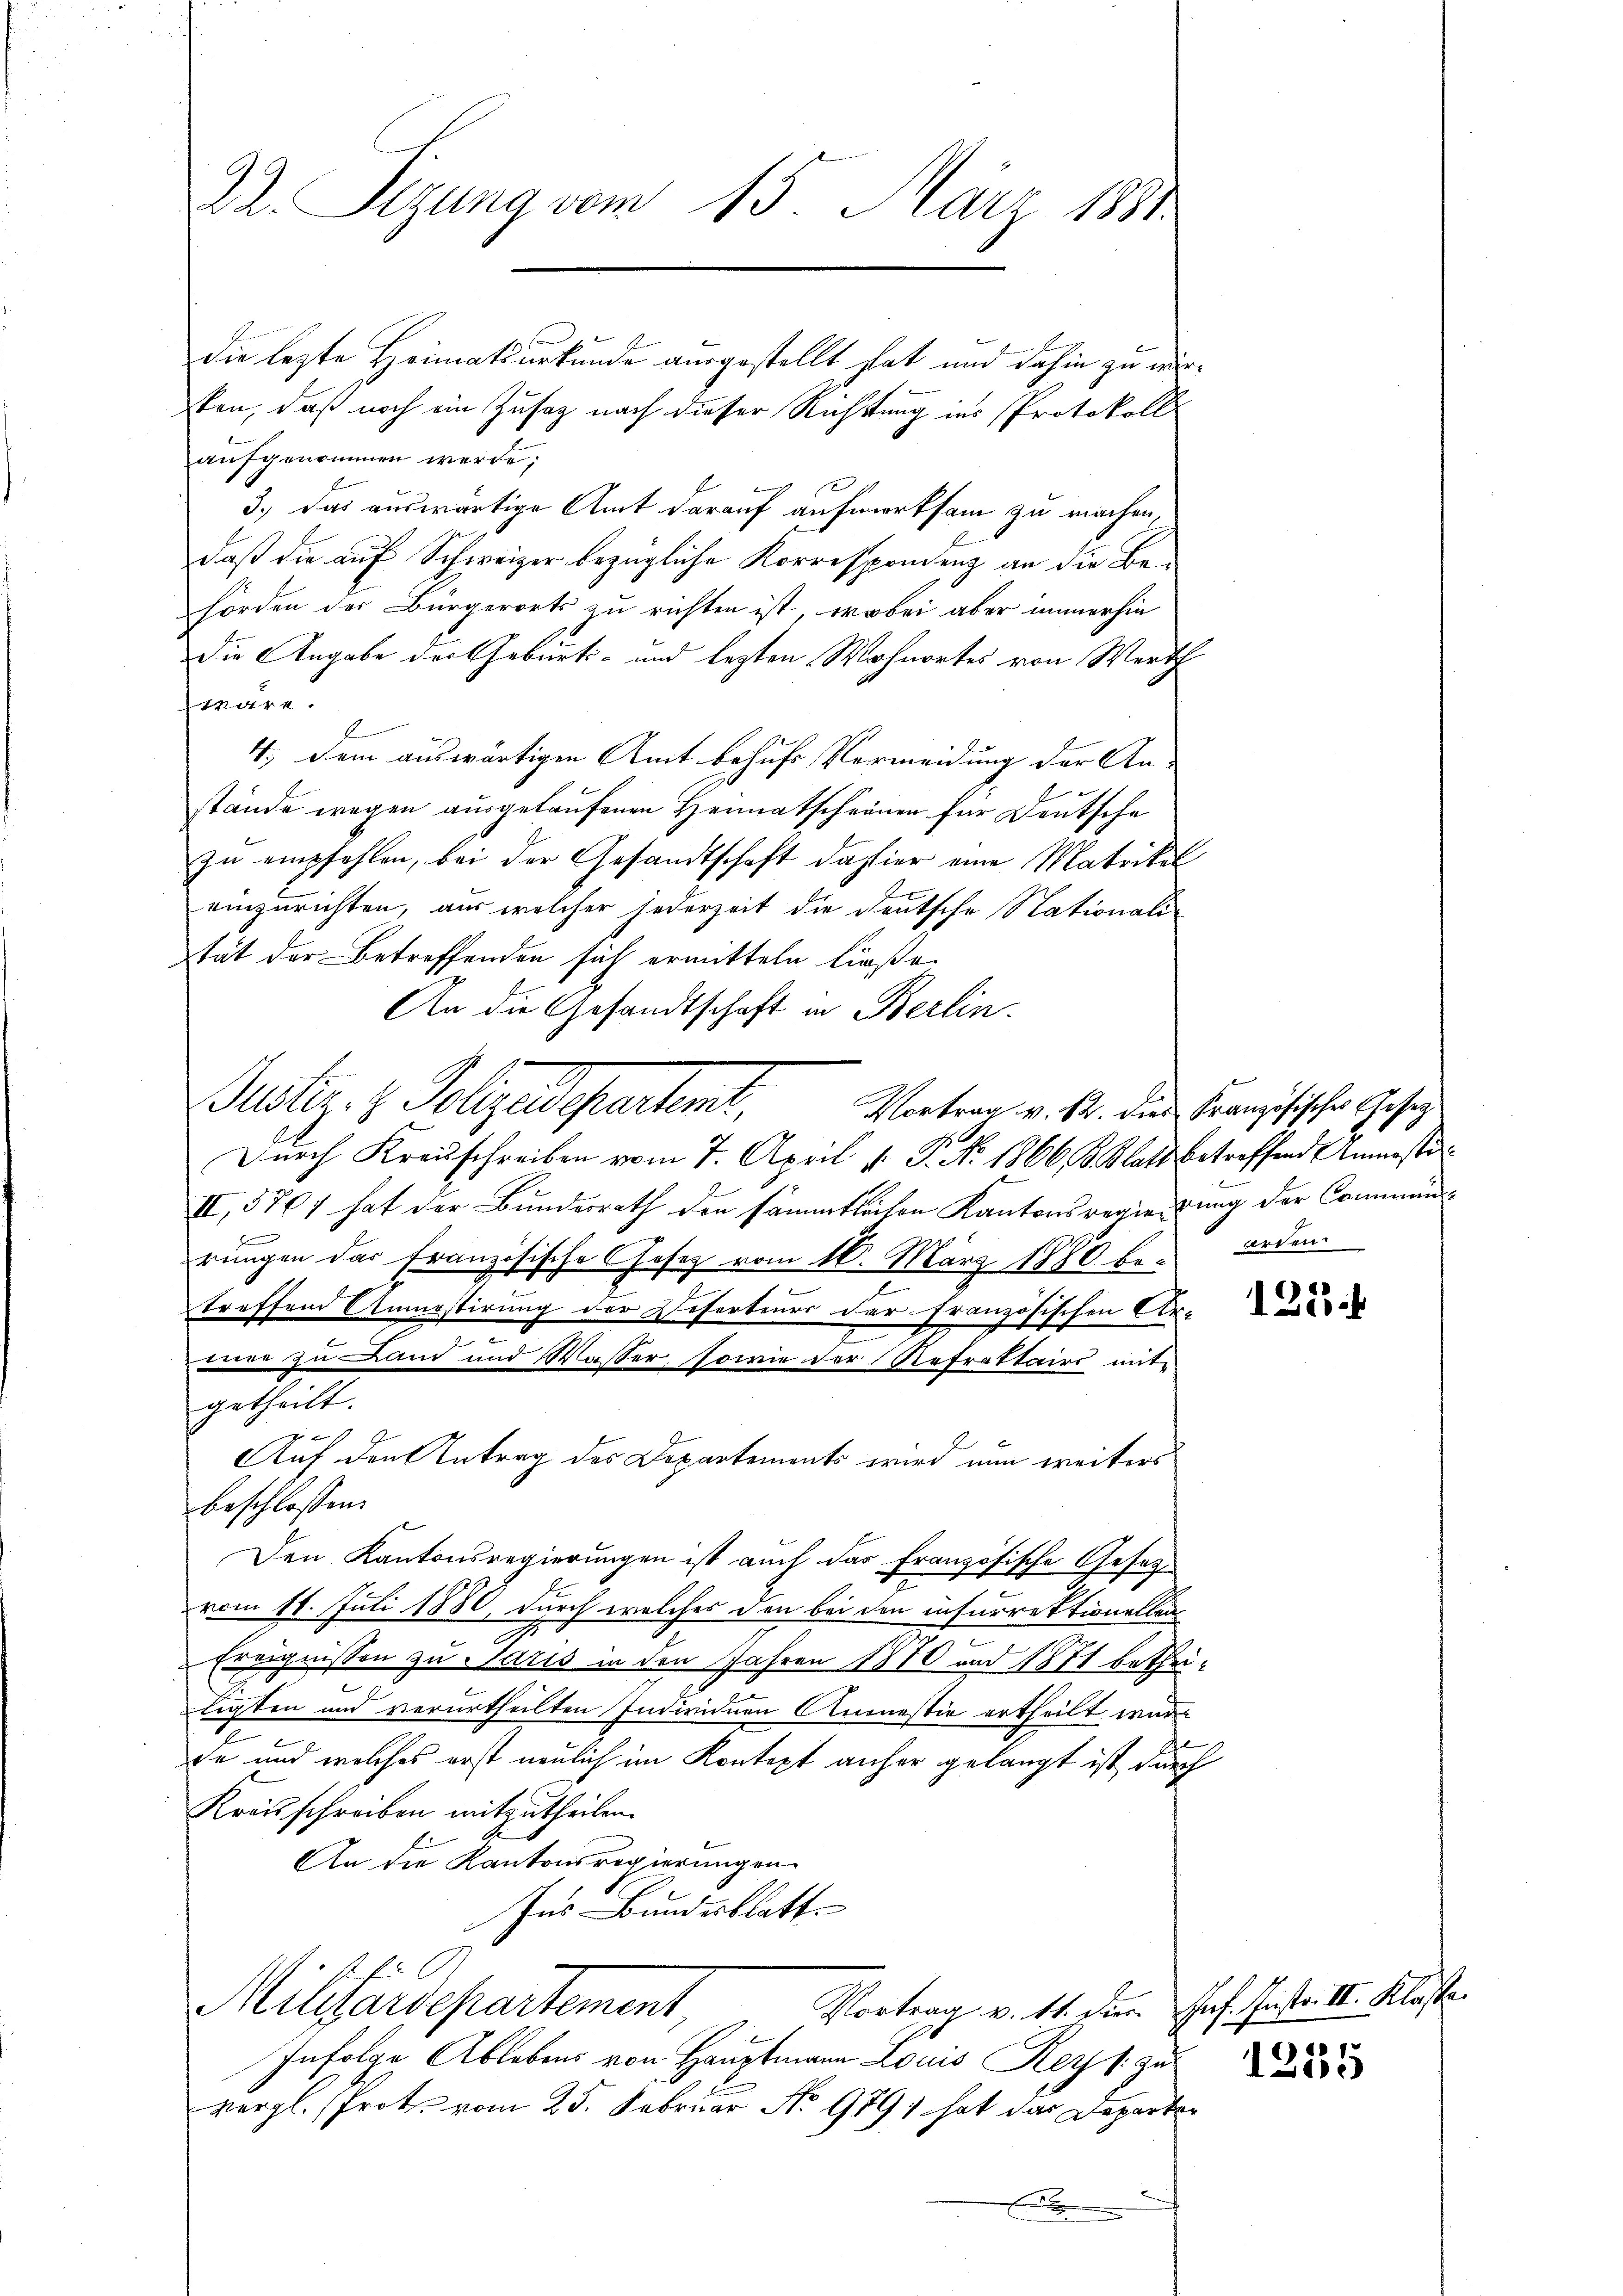
Dr. Sizung vom 15. März 1881.

die lezte Heimatsurkunde ausgestellt hat und dahin zu werten, daß noch ein Zusaz nach dieser Richtung ins Protokoll
aufgenommen werde;
3.) Das auswärtige Amt darauf aufmerksam zu machen,
daß die auf Schweizer bezügliche Korresponienz an die Behörden der Bürgerorts zu richten ist, wobei aber immerhin
die Angabe der Geburts- und lezten Wohnortes von Werth
wäre.
E
4., dem auswärtigen Amt behufs Vermeidung der An-
stände wegen ausgelaufenen Heimatscheinen für Deutsche
zu empfehlen, bei der Gesandtschaft dahier eine Matrikel
einzurichten, aus welcher jederzeit die deutsche Stationali-
stät der Betreffenden sich ermitteln ließe.
An die Gesandtschaft in Berlin.
Durch Kreisschreiben vom 7. April v. P. No 1866 Klatt betreffend Anaste
II, 5807 hat der Bundesrath den sämmtlichen Kantonsregierung der Communrungen das Französische Gesetz vom 16. März 1880 bee
treffend Annostirung der Besorbener der französischen Ar-
x
war zu Land und Wasser, sowie der Refraktairs mitgetheilt.

Auf den Antrag des Departements wird nun weiters
beschlossen:
Den Kantonsregierungen ist auch das französische Gesetvom 18. Juli 1880, durch welches den bei den insurrektionellen
Ereignissen zu Paris in den Jahren 1810 und 1871 betheie
ligten und verurtheilten Individuen Anmnestie ertheilt ware
.
de und welches erst neulich im Kontext anher gelangt ist, durch
Kreisschreiben mitzutheilen.
An die Kantonsregierungen
Ins Bundesblatt

Justiz- & Polizeidepartemt, Worten v. M. die Französische Gesetz

Vortrag v. 11. der rf. Instr. III. Klasse.
Militardepartement

orden

Infolge Ablebens von Hauptmann Louis Reys zu
vergl. Prote vom 25. Februar No 979 hat das Departen
.

1223.

1
100